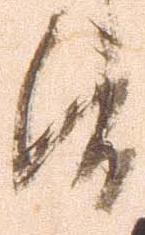
候